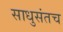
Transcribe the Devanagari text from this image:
साधुसंतच